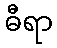
ဓီရာ